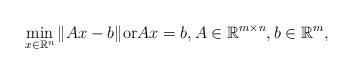
LaTeX: \begin{align*}\min_{x\in \mathbb{R}^{n}}\|Ax - b\| {\rm or}Ax = b, A \in \mathbb{R}^{m \times n}, b \in \mathbb{R}^{m},\end{align*}